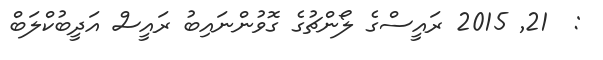
:  21